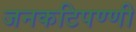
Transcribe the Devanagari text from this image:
जनकटिपण्णी